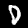
Label: 0